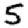
Digit: 5